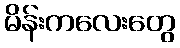
မိန်းကလေးတွေ